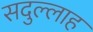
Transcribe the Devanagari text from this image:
सदुल्‍लाह